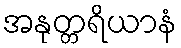
အနုတ္တရိယာနံ